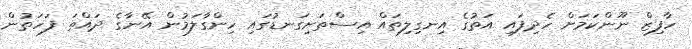
ހާފިޒް ނޫންކަމަށް ހެދިފައި އަތުގެ އިނގިލިތައް އިސްތަށިގަނޑުގައި ހިންގާލަމުން އޭނާގެ ދައްތަ ފަހަތުން